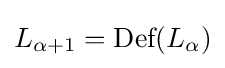
L_{\alpha +1}={\textrm {Def}}(L_{\alpha })